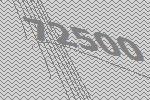
72500